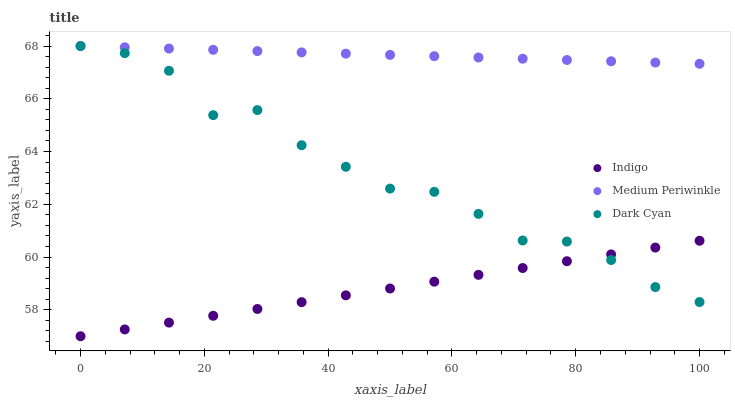
| xaxis_label | Indigo | Medium Periwinkle | Dark Cyan |
 | --- | --- | --- | --- |
 | 0 | 57 | 68 | 68 |
 | 7.14 | 57.3 | 68 | 67.7 |
 | 14.3 | 57.5 | 67.9 | 67.1 |
 | 21.4 | 57.8 | 67.9 | 65.4 |
 | 28.6 | 58 | 67.8 | 65.6 |
 | 35.7 | 58.3 | 67.8 | 64.2 |
 | 42.9 | 58.6 | 67.7 | 63.4 |
 | 50 | 58.8 | 67.7 | 62.6 |
 | 57.1 | 59.1 | 67.6 | 62.5 |
 | 64.3 | 59.3 | 67.6 | 61.6 |
 | 71.4 | 59.6 | 67.5 | 60.6 |
 | 78.6 | 59.8 | 67.5 | 60.6 |
 | 85.7 | 60.1 | 67.4 | 59.9 |
 | 92.9 | 60.4 | 67.4 | 58.9 |
 | 100 | 60.6 | 67.3 | 58.3 |